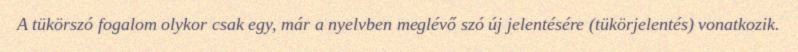
A tükörszó fogalom olykor csak egy, már a nyelvben meglévő szó új jelentésére (tükörjelentés) vonatkozik.